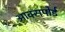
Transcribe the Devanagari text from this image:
आक्सपोर्ड